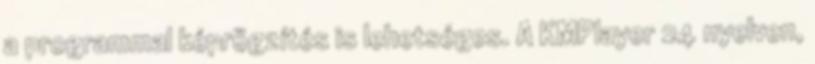
a programmal képrögzítés is lehetséges. A KMPlayer 24 nyelven,